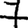
Digit: 7